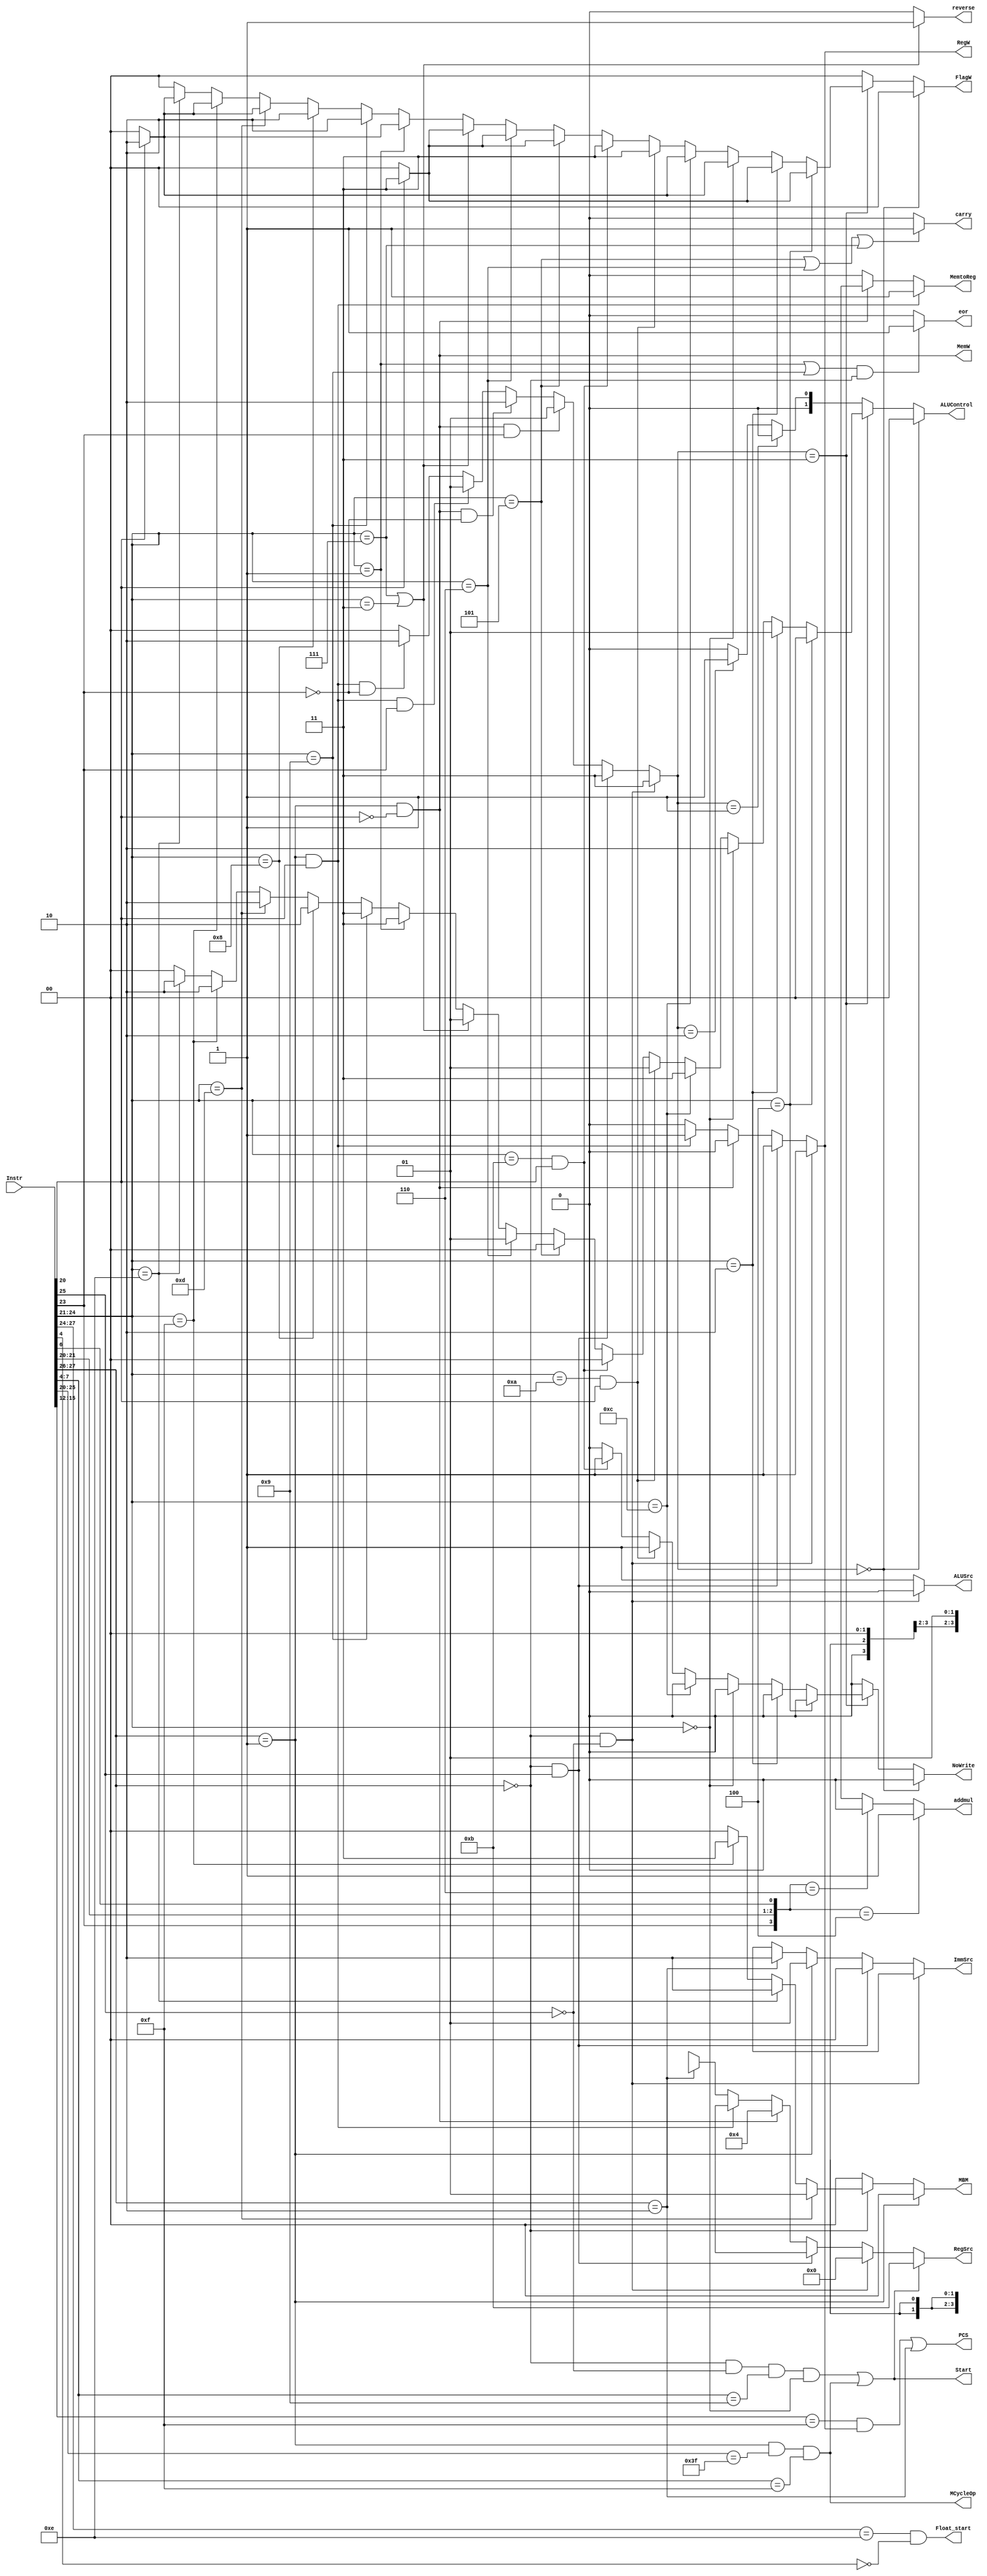
module Decoder(
    input [31:0] Instr,
	
    output PCS,
    output RegW, 
    output MemW, 
    output MemtoReg,
    output ALUSrc,
    output [1:0] ImmSrc,
    output [3:0] RegSrc,
    output reg [1:0] ALUControl,
    output reg [1:0] FlagW,
    output reg  NoWrite,
    output MCycleOp,
    output Start,
    output Float_start,////////////////
    output addmul,////////////////    
    output carry,    // ADC SBC RSC
    output reverse, //RSC  RSB
    output eor,   //EOR  TEQ  
    output [1:0]MBM //MOV:01 MVN:11 BIC:10  other condition:00
    ); 
assign Float_start=Instr[27:24]==4'b1110 & Instr[4]==1'b0;//
assign addmul= ({Instr[23],Instr[21],Instr[20],Instr[6]}==4'b0100)? 1'b1://,10
               ({Instr[23],Instr[21],Instr[20],Instr[6]}==4'b0110)? 1'b0:1'bx;
    
    
    
    wire [1:0] ALUOp ; 
    wire Branch ;
    wire [3:0] Rd;
    wire [1:0] Op;
    wire [5:0] Funct;
    wire Mul;
    wire Div;
    
  
assign Rd=Instr[15:12];    
assign Op=Instr[27:26];
assign Funct=Instr[25:20];  
//list 3
assign carry = ((Funct[4:1]==4'b0101)||(Funct[4:1]==4'b0110)||(Funct[4:1]==4'b0111)) ? 1 : 0;
assign reverse =((Funct[4:1]==4'b0011)||(Funct[4:1]==4'b0111))? 1 : 0;
assign eor=(Funct[4:1]==4'b0001||Funct[4:1]==4'b1001)&&(Op==2'b00)? 1 : 0;
reg [1:0]MBM1;
assign MBM = MBM1;

assign Mul= Op==2'b00 && Instr[25] == 0 && Instr[7:4] == 4'b1001 && Instr[24:21] == 4'b0000;
assign Div= Op==2'b01 && Instr[25:20] == 6'b111111 && Instr[7:4] == 4'b1111;
assign Start = Mul | Div;
assign MCycleOp = Div;
assign Branch=(Op==2'b10);//op=10branch
assign MemtoReg= (Op==2'b01) & Funct[0]==1? 1://STRresult=readdata LDRreaddata=ALUresult result=ALUresult
                 (Op==2'b01) & Funct[0]==0? 1'bx:
                 0;
assign MemW=(Op==2'b01) & Funct[0]==0;//STRDATA MEMORY
assign ALUSrc=(Op==2'b00) & Funct[5]==0 ? 0://DP I=0shiftRm Extlmm
                1;
assign ImmSrc=(Op==2'b00) & Funct[5]==0 ? 2'bxx://Imm8Imm12Imm24
              (Op==2'b00) & Funct[5]==1 ? 2'b00:
              (Op==2'b01) ? 2'b01:
              (Op==2'b10) ? 2'b10:
              2'bxx;

assign RegW=(Op==2'b00) & Funct[5]==0 ? 1://Register File1 DPLDR
              (Op==2'b00) & Funct[5]==1 ? 1:
              (Op==2'b01) & Funct[0]==0 ? 0:
              (Op==2'b01) & Funct[0]==1 ? 1:              
              (Op==2'b10) ? 0:
               0;
assign RegSrc= Start ? 4'b1011: //[1:0]A1 [2]A2 [3]A3
              (Op==2'b00) & Funct[5]==0 ? 4'b0000://Branch1RA1=15  DP reg Rm1STRRd A2
              (Op==2'b00) & Funct[5]==1 ? 4'b0x00:
              (Op==2'b01) & Funct[0]==0 ? 4'b0100:
              (Op==2'b01) & Funct[0]==1 ? 4'b0x00:              
              (Op==2'b10) ? 4'b0x01:
               4'bx;
assign ALUOp=(Op==2'b00) & Funct[5]==0 ? 2'b11://DPreg
            (Op==2'b00) & Funct[5]==1 ? 2'b11://DPimm
            (Op==2'b01) & (Funct[0]==0) & (Funct[3]==1) ? 2'b01://STR Pos Imm
            (Op==2'b01) & (Funct[0]==0) & (Funct[3]==0) ? 2'b10://STR Neg Imm            
            (Op==2'b01) & Funct[0]==1 & (Funct[3]==1) ? 2'b01://LDR Pos Imm 
            (Op==2'b01) & Funct[0]==1 & (Funct[3]==0) ? 2'b10://LDR Neg Imm             
            (Op==2'b10) ? 2'b00://B
            0;
assign PCS=((Rd==15) & RegW)| Branch;//resultPCPC=PC+4

// list 3
always@(*) begin   
if(Op==2'b01)begin MBM1=2'b00;
    end
else if(Op==2'b00)begin
     if(Funct[4:1]==4'b1101)begin  MBM1=2'b01; end  //MOV
     else if(Funct[4:1]==4'b1110)begin MBM1=2'b10;end //BIC
     else if(Funct[4:1]==4'b1111)begin MBM1=2'b11;end//MVN
     else begin MBM1=2'b00;end
    end
else  MBM1=2'b00;
end

always@(*) begin
    if(ALUOp==2'b00) begin
        ALUControl=2'b00;
        FlagW=2'b00;
        NoWrite=0;
    end
    else if(ALUOp==2'b11) begin
        if(Funct[4:1]==4'b0100) begin//add
            ALUControl=2'b00;
            NoWrite=0;
            if(Funct[0]==0)
                 FlagW=2'b00;
            else
                 FlagW=2'b11;
        end
        else if(Funct[4:1]==4'b0010) begin//sub
            ALUControl=2'b01;
            NoWrite=0;
            if(Funct[0]==0)
                FlagW=2'b00;
            else
                FlagW=2'b11;    
        end
        else if(Funct[4:1]==4'b0000) begin//and
            ALUControl=2'b10;
            NoWrite=0;
            if(Funct[0]==0)
                FlagW=2'b00;
            else
                FlagW=2'b10;            
        end
        else if(Funct[4:1]==4'b1100) begin//orr
            ALUControl=2'b11;
            NoWrite=0;
            if(Funct[0]==0)
                FlagW=2'b00;
            else
                FlagW=2'b10;            
        end
        else if(Funct[4:1]==4'b1010 & Funct[0]==1) begin//cmp
                FlagW=2'b11;
                ALUControl=2'b01;
                NoWrite=1;           
        end
        else if(Funct[4:1]==4'b1011 & Funct[0]==1) begin//cmp
                FlagW=2'b11;
                ALUControl=2'b00;
                NoWrite=1;           
        end
        // list 3
                else if(Funct[4:1]==4'b0101) begin// ADC
                        ALUControl=2'b00;
                        NoWrite=0;
                        if(Funct[0]==0)
                           FlagW=2'b00;
                        else
                           FlagW=2'b11;           
                end
                else if(Funct[4:1]==4'b0110) begin// SBC
                        ALUControl=2'b01;
                        NoWrite=0;
                         if(Funct[0]==0)
                              FlagW=2'b00;
                          else
                              FlagW=2'b11;           
                end
                else if(Funct[4:1]==4'b0111||Funct[4:1]==4'b0011) begin// RSC RSB
                        ALUControl=2'b01;
                        NoWrite=0;
                       if(Funct[0]==0)
                          FlagW=2'b00;
                       else
                          FlagW=2'b11;           
               end
               else if(Funct[4:1]==4'b0001) begin   // EOR
               ALUControl=2'b11; NoWrite=0;
                       if(Funct[0]==0)
                           FlagW=2'b00;
                       else
                           FlagW=2'b10; 
               end
               else if(Funct[4:1]==4'b1001) begin   // TEQ
                      ALUControl=2'b11; NoWrite=0; FlagW=2'b10; 
               end
               else if(Funct[4:1]==4'b1000) begin   // TST
                      ALUControl=2'b10; NoWrite=0; FlagW=2'b10; 
               end
               else if(Funct[4:1]==4'b1101) begin   // MOV
                     ALUControl=2'b10; NoWrite=0;
                    if(Funct[0]==0)
                        FlagW=2'b00;
                    else
                        FlagW=2'b10;
               end
               else if(Funct[4:1]==4'b1111) begin   // MVN
                     ALUControl=2'b10; NoWrite=0;
                           if(Funct[0]==0)
                               FlagW=2'b00;
                           else
                               FlagW=2'b10;
                end
                else if(Funct[4:1]==4'b1110) begin   // BIC
                        ALUControl=2'b10; NoWrite=0;
                            if(Funct[0]==0)
                                FlagW=2'b00;
                            else
                                FlagW=2'b10;
                end
        else begin
            ALUControl=2'b00;
            FlagW=2'b00;
            NoWrite=0; 
        end
    end
    else if(ALUOp==2'b01) begin
        ALUControl=2'b00;
        FlagW=2'b00;
        NoWrite=0;    
    end
    else if(ALUOp==2'b10) begin
        ALUControl=2'b01;
        FlagW=2'b00;
        NoWrite=0;    
    end
    else begin
    ALUControl=2'b00;
            FlagW=2'b00;
            NoWrite=0;
    end
        
end              
endmodule